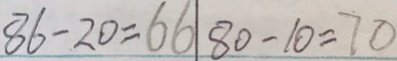
8 6 - 2 0 = 6 6 8 0 - 1 0 = 7 0